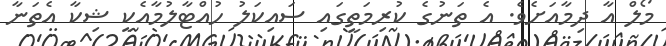
މޯލް އާ ދިމާއަށެވެ. އެ ތަނުގެ ކުރިމަތީގައި ސައިކަލު ހުއްޓާލުމާއެކީ ޝިކާ އެތަނާ